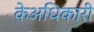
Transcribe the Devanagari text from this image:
केअधिकारी